Lunatic asylums in Bengal annual reports 1899-1911 - 1899-1911
Year: 1899
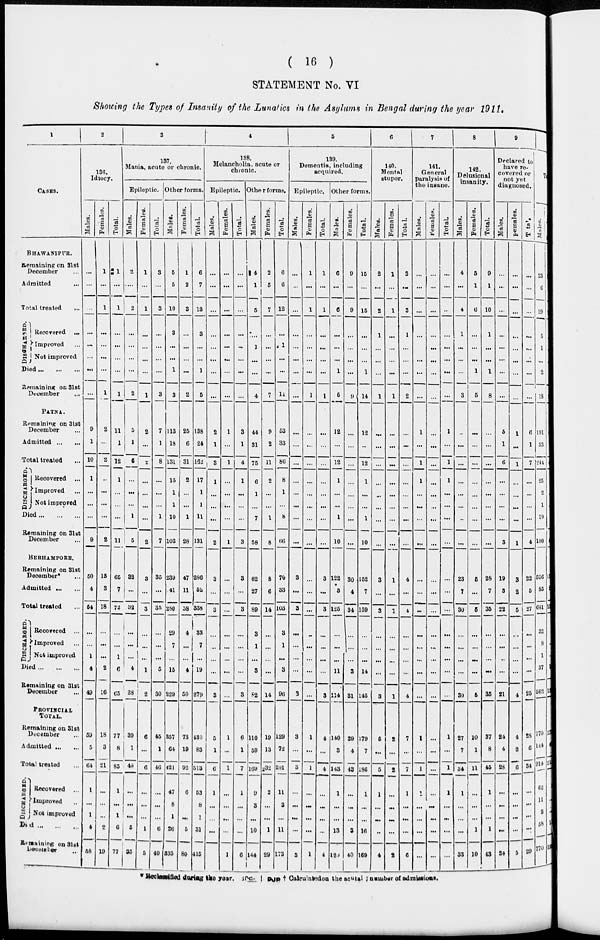
( 16 )
STATEMENT No. VI
Showing the Types of Insanity of the Lunatics in the Asylums in Bengal during the year 1911.
1
CASES.
BHAWANIPUR.
Remaining on 31st
December ...
Admitted ...
Total treated
...
DISCHARGED.
Recovered ...
Improved ...
Not improved ...
Died ... ... ...
Remaining on 31st
December ...
PATNA.
Remaining on 31st
December ...
Admitted ... ...
Total treated ...
DISCHARGED.
Recovered ...
Improved ...
Not improved
Died ... ... ...
Remaining on 31st
December ...
BERHAMPORE.
Remaining on 31st
December* ...
Admitted ... ...
Total treated ...
DISCHARGED.
Recovered ...
Improved ...
Not improved
Died ... ... ...
Remaining on 31st
December
PROVINCIAL
TOTAL.
Remaining on 31st
December ...
Admitted ... ...
Total treated ...
DISCHARGED.
Recovered ...
Improved ..
Not improved
Died ... ... ...
Remaning on 31st
December ..
2
136.
Idiocy.
Males.
...
...
...
...
...
...
...
...
9
1
10
1
...
...
...
9
50
4
54
...
...
1
4
49
59
5
64
1
...
1
4
58
Females.
1
...
1
...
...
...
...
1
2
...
2
..
...
...
...
2
15
3
18
...
...
...
2
16
18
3
21
...
...
...
2
19
Total.
1
...
1
...
...
...
...
1
11
1
12
1
...
...
...
11
65
7
72
...
...
1
6
65
77
8
85
1
...
1
6
77
3
137.
Mania, acute or chronic.
Epileptic.
Males.
2
...
2
...
...
...
...
2
5
1
6
...
...
...
1
5
32
...
32
...
...
...
4
28
39
1
40
...
...
...
5
35
Females.
1
...
1
...
...
...
...
1
2
...
2
...
...
...
...
2
3
...
3
...
...
...
1
2
6
...
6
...
...
...
1
5
Total.
3
...
3
...
...
...
...
3
7
1
8
...
...
...
1
7
35
...
35
...
...
...
5
30
45
1
46
...
...
...
6
40
Other forms.
Males.
5
5
10
3
...
...
1
3
113
18
131
15
1
1
10
103
239
.41
250
29
7
...
15
229
357
64
421
47
8
1
26
335
Females.
1
2
3
...
...
...
...
2
25
6
31
2
...
...
1
28
47
11
58
4
...
...
4
50
73
19
92
6
...
5
80
Total.
6
7
13
3
...
...
1
5
138
24
162
17
1
1
11
131
286
52
338
33
7
...
19
279
430
83
513
53
8
1
31
415
4
138.
Melancholia, acute or
chronic.
Epileptic.
Males.
...
...
...
...
...
...
...
...
2
1
3
1
...
...
...
2
3
...
3
...
...
...
...
3
5
1
6
1
...
...
...
Females.
...
...
...
...
...
...
...
...
1
...
1
...
...
...
...
1
...
...
...
...
...
...
...
...
1
...
1
...
...
...
...
1
Total.
...
...
...
...
...
...
...
...
3
1
4
1
...
...
...
3
3
...
3
...
...
...
...
3
6
1
7
1
...
...
6
Other forms.
Males.
4
1
5
...
1
...
...
4
44
31
75
6
1
...
7
58
62
27
89
3
1
...
3
82
110
59
169
9
3
...
10
144
Females.
2
5
7
...
...
...
...
7
9
2
11
2
...
...
1
8
8
6
14
...
...
...
...
14
19
13
32
2
...
...
1
29
Total.
6
6
12
...
1
...
...
11
53
33
86
8
1
...
8
66
70
33
103
3
1
...
3
96
129
72
201
11
3
...
11
173
5
139.
Dementia, including
acquired.
Epileptic.
Males.
...
...
...
...
...
...
...
...
...
...
...
...
...
...
...
...
3
...
3
...
...
...
...
3
3
...
3
...
...
...
...
3
Females.
1
...
1
...
...
...
...
1
...
...
...
...
...
...
...
...
...
...
...
...
...
...
...
...
1
...
1
...
...
...
...
1
Total.
1
...
1
...
...
...
...
1
...
...
...
...
...
...
...
...
3
...
3
...
...
...
...
3
4
...
4
...
...
...
...
4
Other forms.
Males.
6
...
6
...
...
...
1
5
12
...
12
1
...
...
1
10
122
3
125
...
...
...
11
114
140
3
143
1
...
...
13
129
Females.
9
...
9
...
...
...
...
9
...
...
...
...
...
...
...
...
30
4
34
...
...
...
3
31
39
4
43
...
...
...
3
40
Total.
15
...
15
...
...
...
1
14
12
..
12
1
...
...
1
10
152
7
159
...
...
...
14
145
179
7
186
1
...
...
16
169
6
140.
Mental
stupor.
Males.
2
...
2
1
...
...
...
1
...
...
...
...
...
...
...
...
3
...
3
...
...
...
...
3
5
...
5
1
...
...
..
4
Females.
1
...
1
...
...
...
...
1
...
...
...
...
...
...
...
...
1
...
1
...
...
...
...
1
2
...
2
...
...
...
...
2
Total.
3
...
3
1
...
...
...
2
...
...
...
...
...
...
...
...
4
...
4
...
...
...
...
4
7
...
7
1
...
...
...
6
7
141.
General
paralysis of
the insane.
Males.
...
...
...
...
...
...
...
...
1
...
1
1
...
...
...
...
...
...
...
...
...
...
...
...
1
...
1
1
...
...
...
...
Females.
...
...
...
...
...
...
...
...
...
...
...
...
...
...
...
...
...
...
...
...
...
...
...
...
...
...
...
...
...
...
...
...
Total.
...
...
..
...
...
...
...
...
1
...
1
1
...
...
...
...
...
...
...
...
...
...
...
...
1
...
1
1
...
...
...
...
8
142.
Delusional
insanity.
Males.
4
...
4
1
...
...
...
3
..
...
...
...
...
...
..
...
23
7
30
...
...
...
...
30
27
7
34
1
...
...
...
33
Females.
5
1
6
...
...
...
1
5
...
...
...
...
...
...
...
...
5
...
5
...
...
...
...
5
10
1
11
...
...
...
1
10
Total.
9
1
10
1
...
...
1
8
...
...
...
...
...
...
...
...
28
7
35
...
...
...
...
35
37
8
45
1
...
...
1
43
9
Declared to
have re-
covered or
not yet
diagnosed.
Males.
...
...
...
...
...
...
...
...
5
1
6
...
...
...
...
3
19
3
22
...
...
..
...
21
24
4
28
...
...
...
...
24
Females.
...
...
...
...
...
...
...
1
1
...
1
...
...
...
...
1
3
2
5
...
...
...
4
4
2
6
...
...
...
...
5
Total.
...
...
...
...
...
...
...
6
1
7
...
...
...
...
4
22
5
27
...
...
...
...
25
28
6
34
...
...
...
...
29
Total
Males.
23
6
29
5
1
...
2
18
191
53
244
25
2
1
19
190
556
85
641
32
8
1
37
562
770
144
914
62
11
2
53
770
* Reclassified during the year. and | pjp † Calculated on the acutal number of admissions.